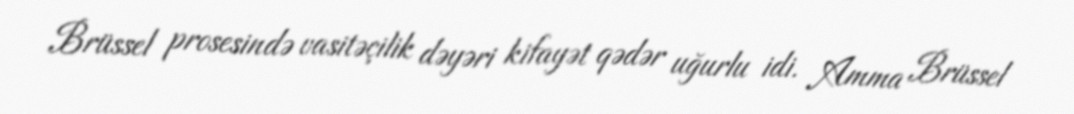
Brüssel prosesində vasitəçilik dəyəri kifayət qədər uğurlu idi. Amma Brüssel